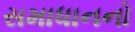
સમાધાનનો